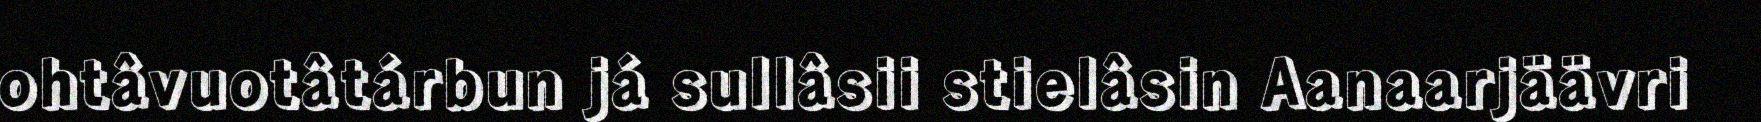
ohtâvuotâtárbun já sullâsii stielâsin Aanaarjäävri